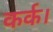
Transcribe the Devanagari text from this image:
कर्क।